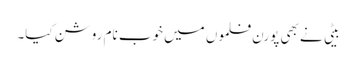
بیٹی نے بھی پورن فلموں میں خوب نام روشن کیا۔